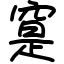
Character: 𥦽